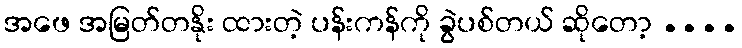
အဖေ အမြတ်တနိုး ထားတဲ့ ပန်းကန်ကို ခွဲပစ်တယ် ဆိုတော့ ....